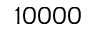
1 0 0 0 0